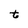
Character: t